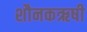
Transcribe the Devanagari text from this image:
शौनकऋषी